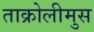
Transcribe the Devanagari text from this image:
ताक्रोलीमुस